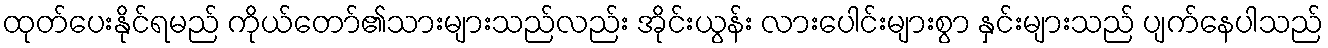
ထုတ်ပေးနိုင်ရမည် ကိုယ်တော်၏သားများသည်လည်း အိုင်းယွန်း လားပေါင်းများစွာ နှင်းများသည် ပျက်နေပါသည်